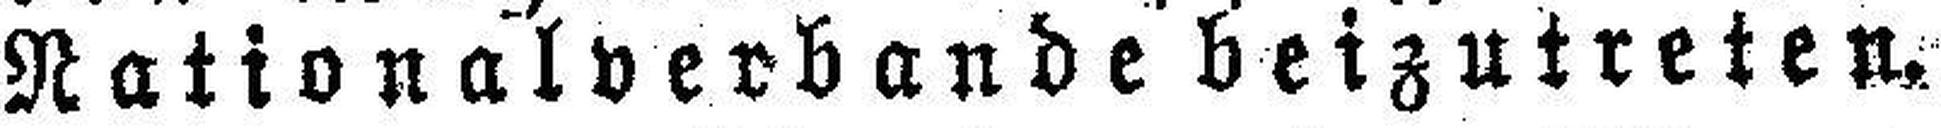
Nationalverbande beizutreten.